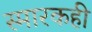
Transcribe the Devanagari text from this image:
स्मारकही